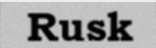
Rusk